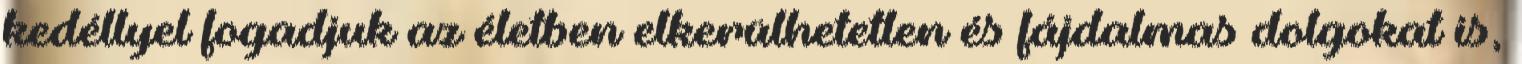
kedéllyel fogadjuk az életben elkerülhetetlen és fájdalmas dolgokat is,